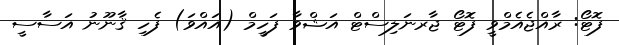
ފޮޓޯ: ރާއްޖެއެމްވީ ފޮޓޯ ޖާރނަލިސްޓް އަޝްވާ ފަހީމް (އައްވަ) ފެހި ޤާނޫނު އަސާސީ